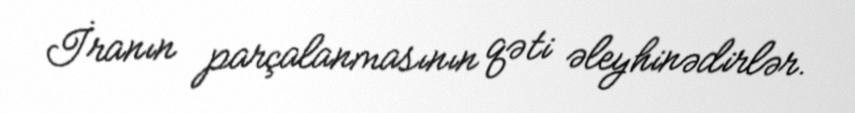
İranın parçalanmasının qəti əleyhinədirlər.